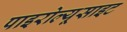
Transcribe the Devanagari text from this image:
पाइरोल्यूसाइट